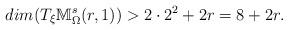
LaTeX: \begin{align*}dim(T_{\xi}\mathbb{M}_{\Omega}^{s}(r,1))>2\cdot2^{2}+2r=8+2r.\end{align*}